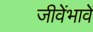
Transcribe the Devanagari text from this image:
जीवेंभावें